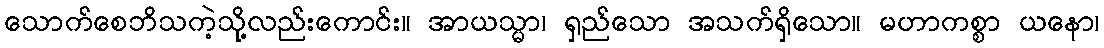
သောက်စေဘိသကဲ့သို့လည်းကောင်း။ အာယသ္မာ၊ ရှည်သော အသက်ရှိသော။ မဟာကစ္စာ ယနော၊